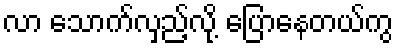
လာ သောက်လှည့်လို့ ပြောနေတယ်ကွ